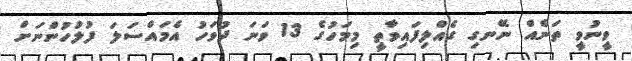
ވީނުވީ ތަނެއް ނޭނގި ގެއްލިފައިވާތީ މިމަހުގެ 13 ވަނަ ދުވަހު އެމައްސަލަ ފުލުހުންނަށް